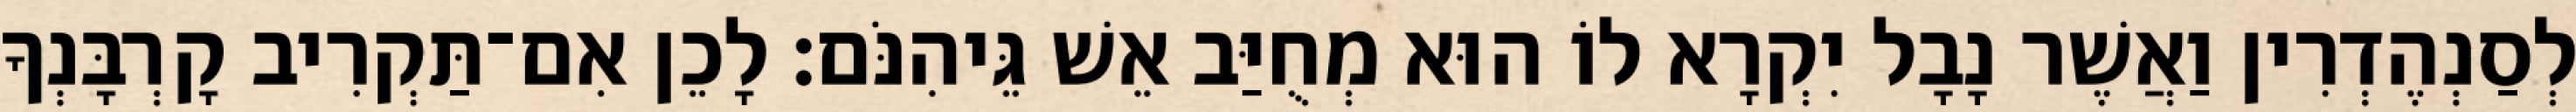
לְסַנְהֶדְרִין וַאֲשֶׁר נָבָל יִקְרָא לוֹ הוּא מְחֻיַּב אֵשׁ גֵּיהִנֹּם׃ לָכֵן אִם־תַּקְרִיב קָרְבָּנְךָ